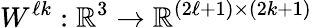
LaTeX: {W}^{\ell k}:\mathbb{R}^{3}\rightarrow\mathbb{R}^{(2\ell+1)\times(2k+1)}